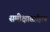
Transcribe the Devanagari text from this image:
समीक्षासाहित्य